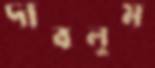
দাবলুম